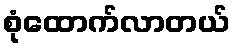
စုံထောက်လာတယ်